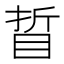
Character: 䀸